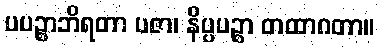
ပပဉ္စာဘိရတာ ပဇာ၊ နိပ္ပပဉ္စာ တထာဂတာ။